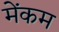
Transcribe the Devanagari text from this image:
मेंकम